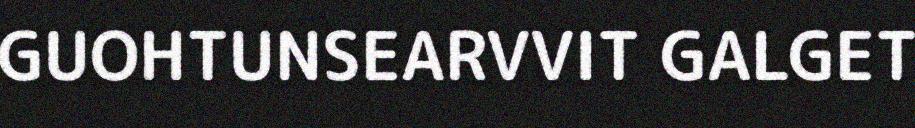
GUOHTUNSEARVVIT GALGET